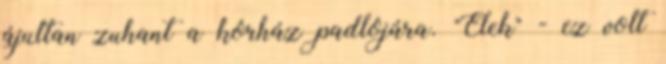
ájultan zuhant a kórház padlójára. "Élek" - ez volt